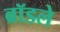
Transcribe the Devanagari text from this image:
ब्रॉडले